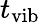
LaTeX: t_{\mathrm{vib}}